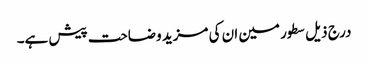
درج ذیل سطور مین ان کی مزید وضاحت پیش ہے۔